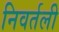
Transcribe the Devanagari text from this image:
निवर्तली